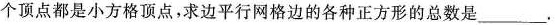
个顶点都是小方格顶点，求边平行网格边的各种正方形的总数是___.